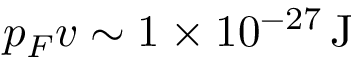
p _ { F } v \sim 1 \times 1 0 ^ { - 2 7 } \, \mathrm { J }